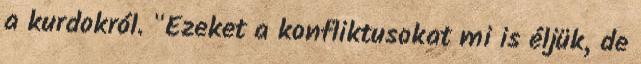
a kurdokról. "Ezeket a konfliktusokat mi is éljük, de